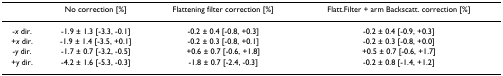
<table><thead><tr><td></td><td><b>No correction [%]</b></td><td><b>Flattening filter correction [%]</b></td><td><b>Flatt.Filter + arm Backscatt. correction [%]</b></td></tr></thead><tbody><tr><td>-<i>x </i>dir.</td><td>-1.9 ± 1.3 [-3.3, -0.1]</td><td>-0.2 ± 0.4 [-0.8, +0.3]</td><td>-0.2 ± 0.4 [-0.9, +0.3]</td></tr><tr><td>+<i>x </i>dir.</td><td>-1.9 ± 1.4 [-3.5, +0.1]</td><td>-0.2 ± 0.3 [-0.8, +0.1]</td><td>-0.2 ± 0.3 [-0.8, +0.0]</td></tr><tr><td>-<i>y </i>dir.</td><td>-1.7 ± 0.7 [-3.2, -0.5]</td><td>+0.6 ± 0.7 [-0.6, +1.8]</td><td>+0.5 ± 0.7 [-0.6, +1.7]</td></tr><tr><td>+<i>y </i>dir.</td><td>-4.2 ± 1.6 [-5.3, -0.3]</td><td>-1.8 ± 0.7 [-2.4, -0.3]</td><td>-0.2 ± 0.8 [-1.4, +1.2]</td></tr></tbody></table>